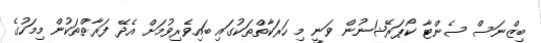
ބިޒްނަސް ސެންޓާ ކޯޕަރޭޝަނުން ވަނީ މި ހަރަކާތްތަކުގައި ބައިވެރިވުމަށް އެދޭ ފަރާތްތަކުން މިމަހުގެ